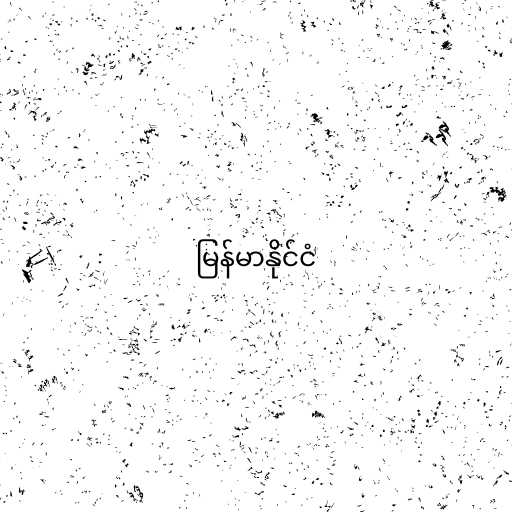
မြန်မာနိုင်ငံ